Rangoon Lunatic Asylum 1878-1892 - 1878-1892
Year: 1878
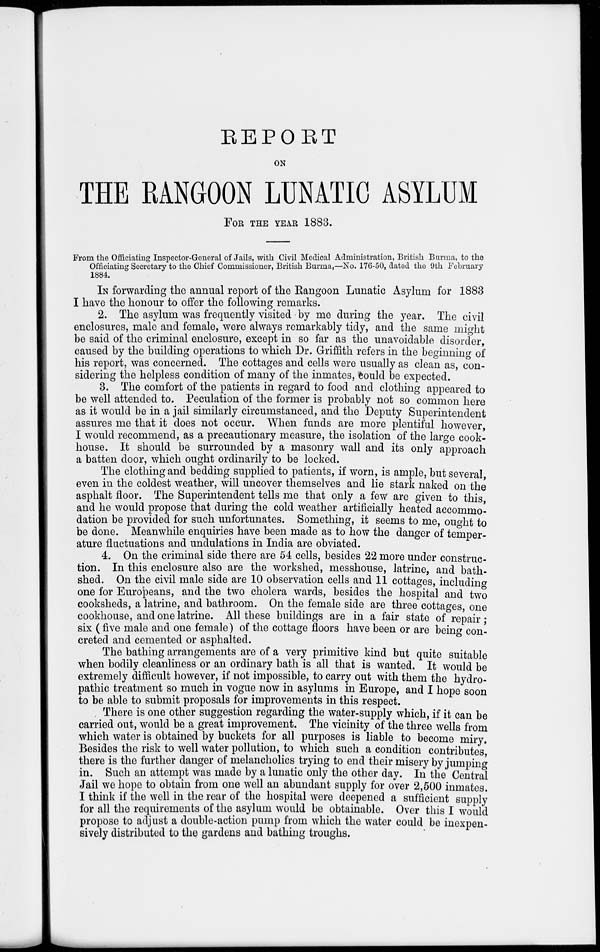
REPORT
ON
THE RANGOON LUNATIC ASYLUM
FOR THE YEAR 1883.
From the Officiating Inspector-General of Jails, with Civil Medical Administration, British Burma, to the
Officiating Secretary to the Chief Commissioner, British Burma,—No. 176-50, dated the 9th February
1884.
IN forwarding the annual report of the Rangoon Lunatic Asylum for 1883
I have the honour to offer the following remarks.
2. The asylum was frequently visited by me during the year. The civil
enclosures, male and female, were always remarkably tidy, and the same might
be said of the criminal enclosure, except in so far as the unavoidable disorder,
caused by the building operations to which Dr. Griffith refers in the beginning of
his report, was concerned. The cottages and cells were usually as clean as, con-
sidering the helpless condition of many of the inmates, could be expected.
3. The comfort of the patients in regard to food and clothing appeared to
be well attended to. Peculation of the former is probably not so common here
as it would be in a jail similarly circumstanced, and the Deputy Superintendent
assures me that it does not occur. When funds are more plentiful however,
I would recommend, as a precautionary measure, the isolation of the large cook-
house. It should be surrounded by a masonry wall and its only approach
a batten door, which ought ordinarily to be locked.
The clothing and bedding supplied to patients, if worn, is ample, but several,
even in the coldest weather, will uncover themselves and lie stark naked on the
asphalt floor. The Superintendent tells me that only a few are given to this,
and he would propose that during the cold weather artificially heated accommo-
dation be provided for such unfortunates. Something, it seems to me, ought to
be done. Meanwhile enquiries have been made as to how the danger of temper-
ature fluctuations and undulations in India are obviated.
4. On the criminal side there are 54 cells, besides 22 more under construc-
tion. In this enclosure also are the workshed, messhouse, latrine, and bath-
shed. On the civil male side are 10 observation cells and 11 cottages, including
one for Europeans, and the two cholera wards, besides the hospital and two
cooksheds, a latrine, and bathroom. On the female side are three cottages, one
cookhouse, and one latrine. All these buildings are in a fair state of repair ;
six (five male and one female) of the cottage floors have been or are being con-
creted and cemented or asphalted.
The bathing arrangements are of a very primitive kind but quite suitable
when bodily cleanliness or an ordinary bath is all that is wanted. It would be
extremely difficult however, if not impossible, to carry out with them the hydro-
pathic treatment so much in vogue now in asylums in Europe, and I hope soon
to be able to submit proposals for improvements in this respect.
There is one other suggestion regarding the water-supply which, if it can be
carried out, would be a great improvement. The vicinity of the three wells from
which water is obtained by buckets for all purposes is liable to become miry.
Besides the risk to well water pollution, to which such a condition contributes,
there is the further danger of melancholies trying to end their misery by jumping
in. Such an attempt was made by a lunatic only the other day. In the Central
Jail we hope to obtain from one well an abundant supply for over 2,500 inmates.
I think if the well in the rear of the hospital were deepened a sufficient supply
for all the requirements of the asylum would be obtainable. Over this I would
propose to adjust a double-action pump from which the water could be inexpen-
sively distributed to the gardens and bathing troughs.